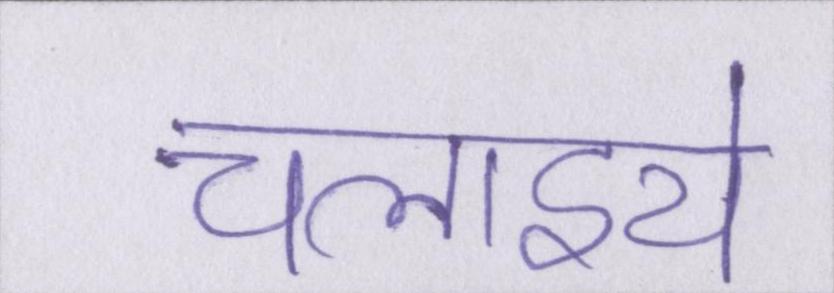
चलाइये